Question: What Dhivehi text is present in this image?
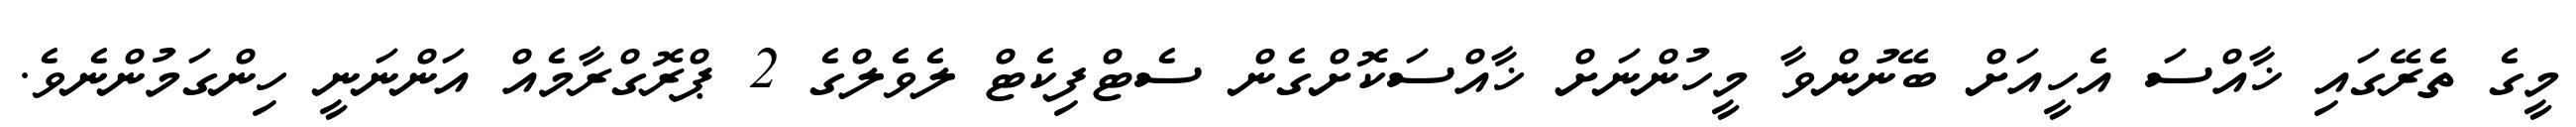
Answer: މީގެ ތެރޭގައި ޚާއްސަ އެހީއަށް ބޭނުންވާ މީހުންނަށް ޚާއްސަކޮށްގެން ސެޓްފިކެޓް ލެވެލްގެ 2 ޕްރޮގްރާމެއް އަންނަނީ ހިންގަމުންނެވެ.